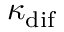
\kappa _ { \mathrm { d i f } }